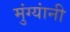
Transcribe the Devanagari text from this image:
मुंग्यांनी